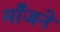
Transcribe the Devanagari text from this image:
माँजने